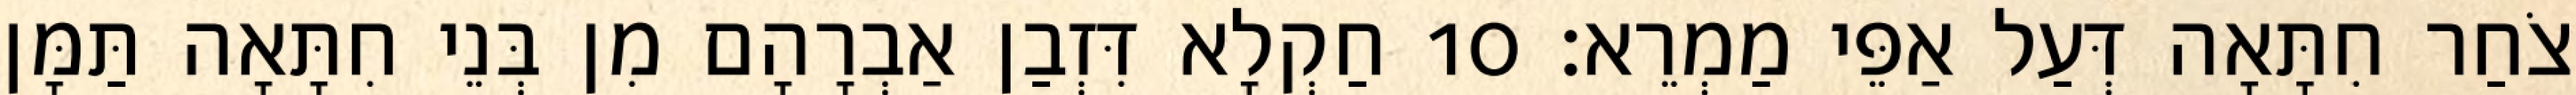
צֹחַר חִתָּאָה דְּעַל אַפֵּי מַמְרֵא׃ 10 חַקְלָא דִּזְבַן אַבְרָהָם מִן בְּנֵי חִתָּאָה תַּמָּן